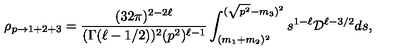
\rho _ { p \rightarrow 1 + 2 + 3 } = \frac { ( 3 2 \pi ) ^ { 2 - 2 \ell } } { ( \Gamma ( \ell - 1 / 2 ) ) ^ { 2 } ( p ^ { 2 } ) ^ { \ell - 1 } } \int _ { ( m _ { 1 } + m _ { 2 } ) ^ { 2 } } ^ { ( \sqrt { p ^ { 2 } } - m _ { 3 } ) ^ { 2 } } s ^ { 1 - \ell } { \cal D } ^ { \ell - 3 / 2 } d s ,